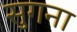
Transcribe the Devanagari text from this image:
सुगना